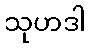
သုဟဒါ